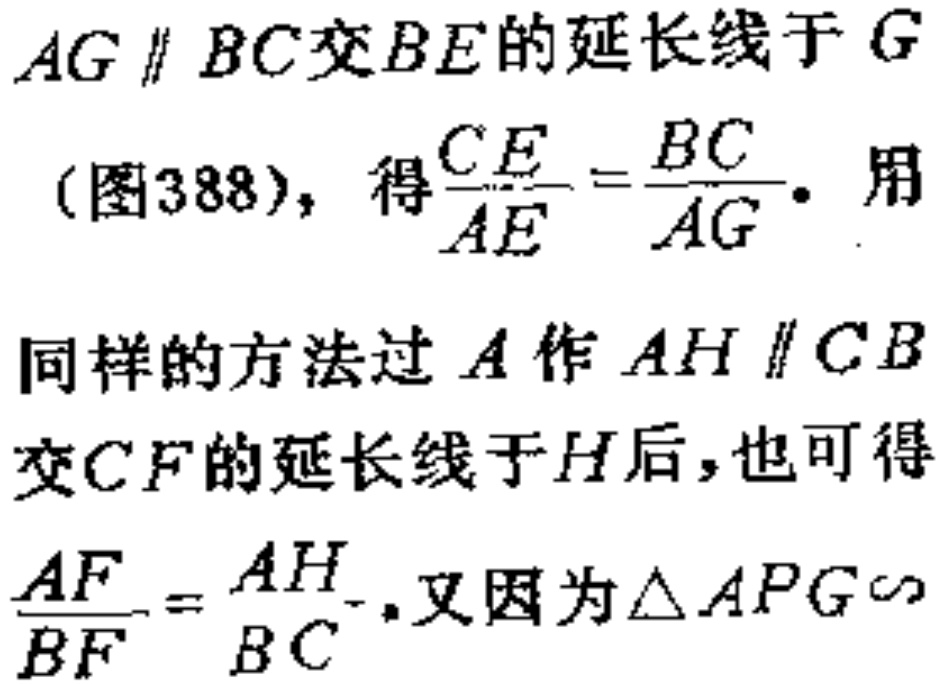
$AG\parallel BC交BE的延长线于G$
(图388), 得$\frac{CE}{AE}=\frac{BC}{AG}.$ 用
同样的方法过$A$作$AH\parallel CB$
交$CF$的延长线于$H$后, 也可得
$\frac{AF}{BF}=\frac{AH}{BC}.$ 又因为$\triangle APG\sim$